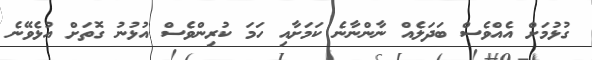
ގުޅުމަށް އެއްވެސް ބަދަލެއް ނާންނާނެ ކަމަށާއި ހަމަ ކުރިންވެސް އުޅުނު ގޮތަށް އުޅެވޭނެ